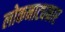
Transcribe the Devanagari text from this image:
लोकनाट्यकार